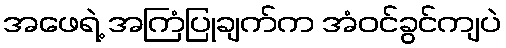
အဖေရဲ့ အကြံပြုချက်က အံဝင်ခွင်ကျပဲ